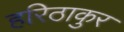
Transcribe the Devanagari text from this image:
हरिठाकुर